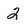
Character: 2